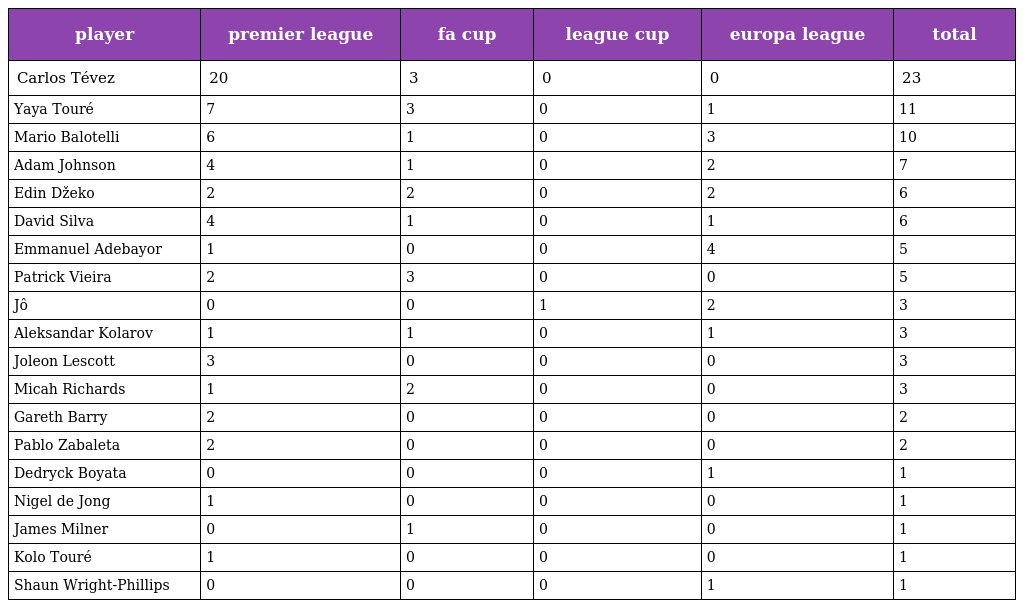
| player | premier league | fa cup | league cup | europa league | total |
 | --- | --- | --- | --- | --- | --- |
 | Carlos Tévez | 20 | 3 | 0 | 0 | 23 |
 | Yaya Touré | 7 | 3 | 0 | 1 | 11 |
 | Mario Balotelli | 6 | 1 | 0 | 3 | 10 |
 | Adam Johnson | 4 | 1 | 0 | 2 | 7 |
 | Edin Džeko | 2 | 2 | 0 | 2 | 6 |
 | David Silva | 4 | 1 | 0 | 1 | 6 |
 | Emmanuel Adebayor | 1 | 0 | 0 | 4 | 5 |
 | Patrick Vieira | 2 | 3 | 0 | 0 | 5 |
 | Jô | 0 | 0 | 1 | 2 | 3 |
 | Aleksandar Kolarov | 1 | 1 | 0 | 1 | 3 |
 | Joleon Lescott | 3 | 0 | 0 | 0 | 3 |
 | Micah Richards | 1 | 2 | 0 | 0 | 3 |
 | Gareth Barry | 2 | 0 | 0 | 0 | 2 |
 | Pablo Zabaleta | 2 | 0 | 0 | 0 | 2 |
 | Dedryck Boyata | 0 | 0 | 0 | 1 | 1 |
 | Nigel de Jong | 1 | 0 | 0 | 0 | 1 |
 | James Milner | 0 | 1 | 0 | 0 | 1 |
 | Kolo Touré | 1 | 0 | 0 | 0 | 1 |
 | Shaun Wright-Phillips | 0 | 0 | 0 | 1 | 1 |